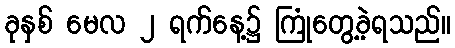
ခုနှစ် မေလ ၂ ရက်နေ့၌ ကြုံတွေ့ခဲ့ရသည်။